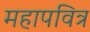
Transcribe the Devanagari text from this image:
महापवित्र